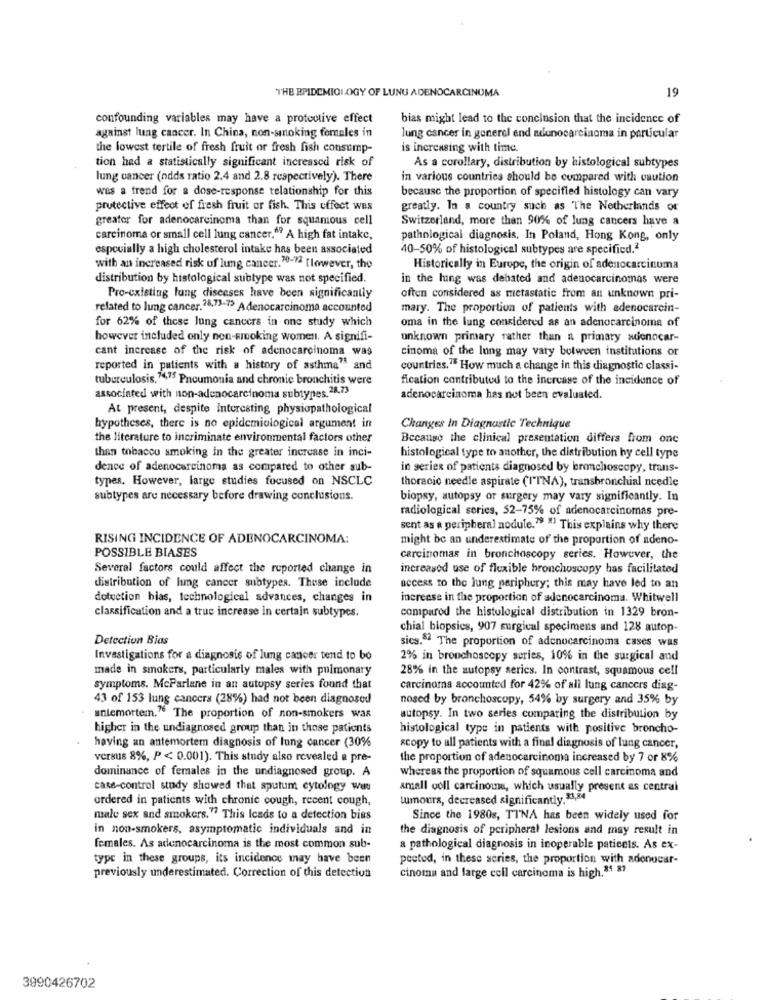
THE EPIDEMIOLOGY OF LUNG ADENOCARCINOMA
19
confounding variables may have a protoolive effect
bias might lead to the conclusion that the incidence of
against lung cancer. In China, non-smoking females in
lung cancer in generel end adenocarcinoma in particular
the lowest tertile of fresh fruit or fresh fish consump-
is increasing with time
tion had a statistically significant increased risk of
As a corollary, distribution by histological subtypes
lung cancer (odds ratio 2.4 and 2.8 respectively). There
in various countries should be compared with caution
was a trend for a dose-response relationship for this
because the proportion of specified histology can vary
protective effect of fresh fruit or fish. This uffect wes
greatly. In a country such as The Netherlands or
greater for adenocarcinoma than for squamous cell
Switzerland, more than 90% of lung cancers have a
carcinoma or small cell lung cancer." A high fat intake,
pathological diagnosis, In Poland, Hong Kong, only
especially a high cholesterol intake has been associated
40-50% of histological subtypes are specified.2
with an increased risk uf lung cancer.30-72 [lowever, the
Historically in Europe, the origin of adenocarcinoma
distribution by histological subtype was not specified.
in the ling was debated and adenocarcinomas were
Pre-existing lung diseases have been significantly
often considered as metastatic from an unknown pri-
related to lung cancer.28.73-7> Adenocarcinoma accounted
mary. The proportion of patients with adenocarcin-
for 62% of these lung cancers in one study which
oma in the lung considered as an adenocarcinoma of
however included only non-smoking women. A signifi-
unknown primary rather than a primary audionocar-
cant increase of the risk of adenocarcinoma was
cinoma of the lung may vary botween institutions or
reported in patients with a history of asthma" and
countries."E How much a change in this diagnostic classi-
tuberculosis, 4,75 Pneumonia and chronic bronchitis were
fication contributed to the increase of the incidence of
associated with non-adenocarcinoma subtypes. 28.73
adenocarcinoma has not been evaluated.
At present, despite interesting physiopathological
hypotheses, there is no epidemiological argument in
Changes In Diagnostic Technique
the literature to incriminate environmental factors other
Because the clinical presentation differs from one
than tobacco smoking in the greater increase in inci-
histological type to another, the distribution by cell type
dence of adenocarcinoma as compared to other sub-
in series of patients diagnosed by bronchoscopy, trans-
types. However, large studies focused on NSCLC
thoracic needle aspirate (ITNA), transbronchial ncedle
subtypes are necessary before drawing conclusions.
biopsy, autopsy or surgery may vary significantly. In
radiological series, 52-75% of adenocarcinomas pre-
sent as a peripheral nodule."9 " This explains why there
RISING INCIDENCE OF ADENOCARCINOMA:
might be an underestimate of the proportion of adeno-
POSSIBLE BIASES
carcinomas in bronchoscopy series. However, the
Several factors could affect the reported change in
increased use of flexible bronchoscopy has facilitated
distribution of lung cancer subtypes. These include
access to the lung periphery; this may have led to an
dotuction bias, technological advances, changes in
increase in the proportion of adenocarcinoma. Whitwell
classification and a true increase in certain subtypes.
comparod the histological distribution in 1329 bron-
chial biopsies, 907 surgical specimens and 128 autop-
Detection Bias
sics.5ª The proportion of adenocarcinoma cases was
Investigations for a diagnosis of lung cancer tend to bo
2% in bronchoscopy series, 10% in the surgical and
made in smokers, particularly males with pulmonary
28% in the autopsy series. In contrast, squamous cell
symptoms. McParlane in an autopsy series found that
carcinoma accounted for 42% of all lung cancers diag-
43 of 153 lung cancers (28%) had not been diagnosed
nosed by bronchoscopy, 54% by surgery and 35% by
antemortem." The proportion of non-smokers was
autopsy. In two series comparing the distribution by
higher in the undiagnosed group than in those patients
histological type in patients with positive broncho-
having an antemortem diagnosis of lung cancer (30%
scopy to all patients with a final diagnosis of lung cancer,
versus 8%, P < 0.001). This study also revealed a pre-
the proportion of adenocarcinoma increased by 7 or 8%
whereas the proportion of squamous cell carcinoma and
dominance of females in the undiagnosed group. A
case-control study showed that sputum cytology wes
small cell carcinoma, which usually present as central
ordered in patients with chronic cough, recent cough,
tumours, decreased significantly. $1,84
male sex and smokers." This Icads to a detection bies
Since the 1980s, TTNA has been widely used for
in non-smokers, asymptomatic individuals and in
the diagnosis of peripheral lesions and may result in
females. As adenocarcinoma is the most common sub-
a pathological diagnosis in inoperable patients. As ex-
type in these groups, its incidence may have been
pected, in these series, the proportion with adonocar-
cinoma and large cell carcinoma is high.81 87
previously underestimated. Correction of this detection
3990426702